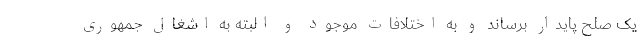
یک صلح پایدار برساند و به اختلافات موجود و البته به اشغال جمهوری